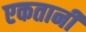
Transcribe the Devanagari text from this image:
एकतानी